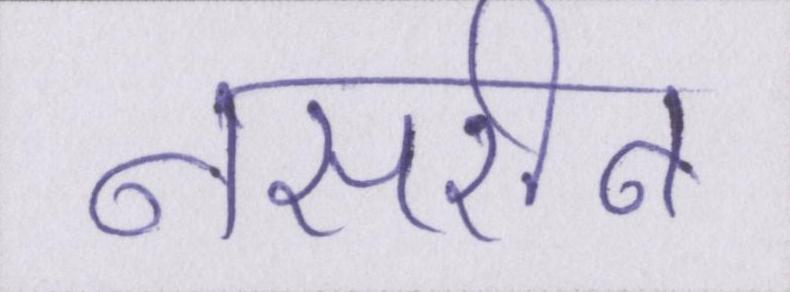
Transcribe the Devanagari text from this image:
नसरीन